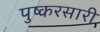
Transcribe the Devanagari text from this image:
पुष्करसारी